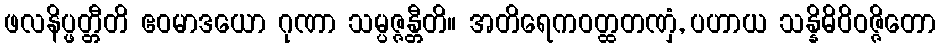
ဖလနိပ္ဖတ္တီတိ ဧဝမာဒယော ဂုဏာ သမ္ပဇ္ဇန္တီတိ။ အတိရေကဝတ္ထတဏှံ, ပဟာယ သန္နိဓိဝိဝဇ္ဇိတော